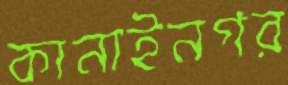
কানাইনগর